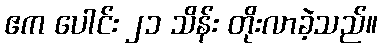
ဧက ပေါင်း ၂၁ သိန်း တိုးလာခဲ့သည်။